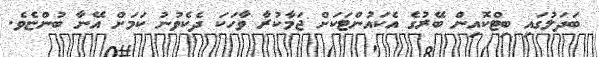
ބަދަލުގައި ބިޓްކޮއިން ބޭރުގެ އެކައުންޓަކަށް ޖަމާކުރާ ވާހަކަ ދެކެވުނު ކަމަށް އޭނާ ބުންޏެވެ.